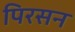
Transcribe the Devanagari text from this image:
पिरसन